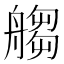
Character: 䑼